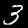
Digit: 3